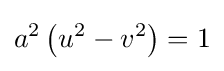
a^{2}\left(u^{2}-v^{2}\right)=1